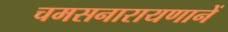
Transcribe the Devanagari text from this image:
चमसनारायणानें